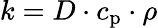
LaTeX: k=D\cdot c_{\mathrm{p}}\cdot\rho